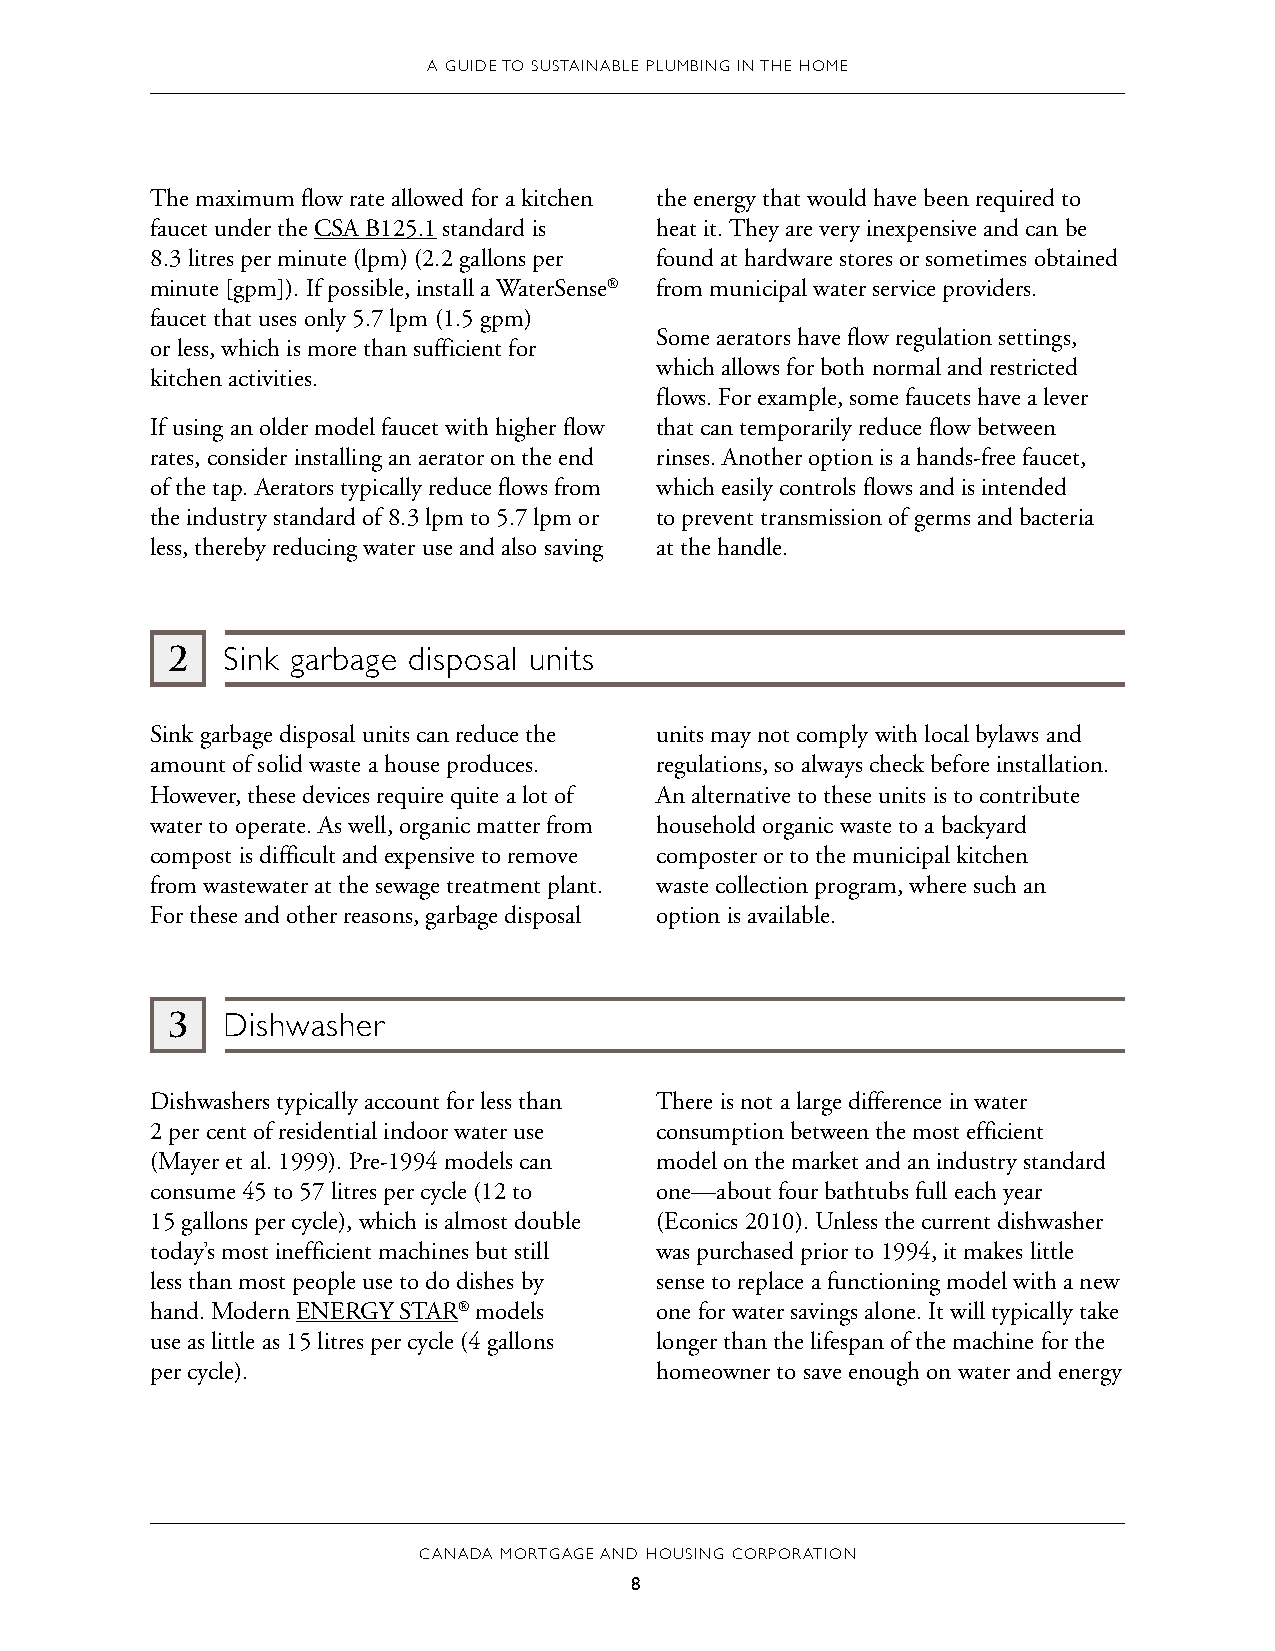
A GUIDE TO SUSTAINABLE PLUMBING IN THE HOME
 The maximum flow rate allowed for a kitchen the energy that would have been required to
 faucet under the CSA B125.1 standard is heat it. They are very inexpensive and can be
 8.3 litres per minute (lpm) (2.2 gallons per found at hardware stores or sometimes obtained
 minute [gpm]). If possible, install a WaterSense® from municipal water service providers.
 faucet that uses only 5.7 lpm (1.5 gpm)
 Some aerators have flow regulation settings,
 or less, which is more than sufficient for
 which allows for both normal and restricted
 kitchen activities.
 flows. For example, some faucets have a lever
 If using an older model faucet with higher flow that can temporarily reduce flow between
 rates, consider installing an aerator on the end rinses. Another option is a hands-free faucet,
 of the tap. Aerators typically reduce flows from which easily controls flows and is intended
 the industry standard of 8.3 lpm to 5.7 lpm or to prevent transmission of germs and bacteria
 less, thereby reducing water use and also saving at the handle.
 2   Sink garbage disposal units
 Sink garbage disposal units can reduce the units may not comply with local bylaws and
 amount of solid waste a house produces. regulations, so always check before installation.
 However, these devices require quite a lot of An alternative to these units is to contribute
 water to operate. As well, organic matter from household organic waste to a backyard
 compost is difficult and expensive to remove composter or to the municipal kitchen
 from wastewater at the sewage treatment plant. waste collection program, where such an
 For these and other reasons, garbage disposal option is available.
 3   Dishwasher
 Dishwashers typically account for less than There is not a large difference in water
 2 per cent of residential indoor water use consumption between the most efficient
 (Mayer et al. 1999). Pre-1994 models can model on the market and an industry standard
 consume 45 to 57 litres per cycle (12 to one—about four bathtubs full each year
 15 gallons per cycle), which is almost double (Econics 2010). Unless the current dishwasher
 today’s most inefficient machines but still was purchased prior to 1994, it makes little
 less than most people use to do dishes by sense to replace a functioning model with a new
 hand. Modern ENERGY STAR® models one for water savings alone. It will typically take
 use as little as 15 litres per cycle (4 gallons longer than the lifespan of the machine for the
 per cycle).                      homeowner to save enough on water and energy
 CANADA MORTGAGE AND HOUSING CORPORATION
 8